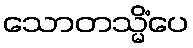
သောတသ္မိံပေ